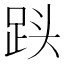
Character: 𮛓